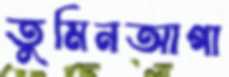
তুমিনআগা